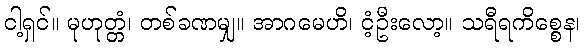
ငါ့ရှင်။ မုဟုတ္တံ၊ တစ်ခဏမျှ။ အာဂမေဟိ၊ ငံ့ဦးလော့။ သရီရကိစ္စေန၊